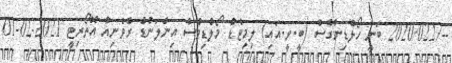
--/2020/022 ބަނީ ހޯލްޑިންގްސް (ބީ.ވީ.އައި) ލިމިޓެޑް މޯލްޑިވްސް އިންލަންޑް ރެވެނިއު އޮތޯރިޓީ 2021-02-01